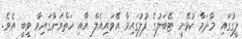
ލީގުގައި މާދަމާ ކުޅޭނީ ޓޭބަލުގެ ފުލުގައިވާ އޭވައިއެލް އާއި ހަތްވަނާގައިވާ ވީބީ އެވެ.